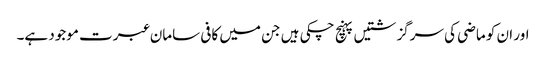
اور ان کو ماضی کی سرگزشتیں پہنچ چکی ہیں جن میں کافی سامان عبرت موجود ہے۔